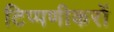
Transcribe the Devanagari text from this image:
टिप्पणीकरों